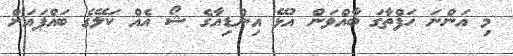
މި އަންނަ ހަފްތާގަ ބާއްވަން އުޅޭ އިންޑިއާގެ ޝޯ އެއް ކަލޭގެ ބައްޕައަށް